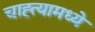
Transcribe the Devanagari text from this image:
चाह्त्यामध्ये